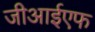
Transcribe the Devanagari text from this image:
जीआईएफ